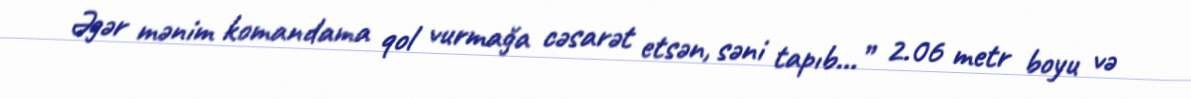
Əgər mənim komandama qol vurmağa cəsarət etsən, səni tapıb…” 2.06 metr boyu və